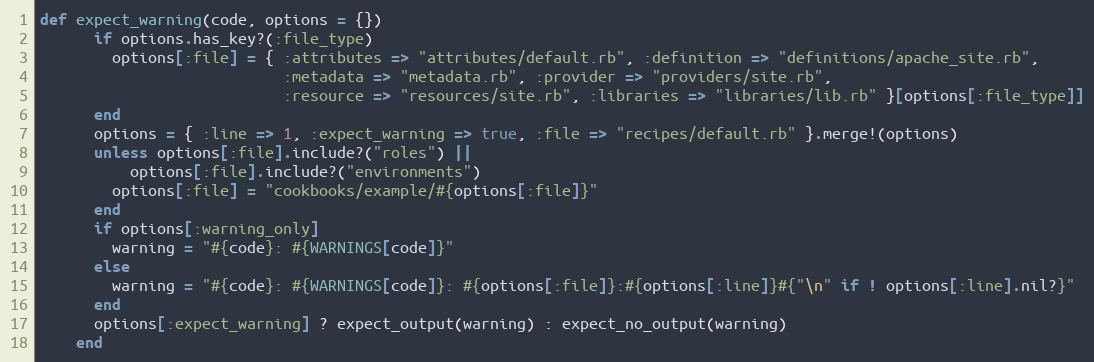
Language: Ruby
def expect_warning(code, options = {})
      if options.has_key?(:file_type)
        options[:file] = { :attributes => "attributes/default.rb", :definition => "definitions/apache_site.rb",
                           :metadata => "metadata.rb", :provider => "providers/site.rb",
                           :resource => "resources/site.rb", :libraries => "libraries/lib.rb" }[options[:file_type]]
      end
      options = { :line => 1, :expect_warning => true, :file => "recipes/default.rb" }.merge!(options)
      unless options[:file].include?("roles") ||
          options[:file].include?("environments")
        options[:file] = "cookbooks/example/#{options[:file]}"
      end
      if options[:warning_only]
        warning = "#{code}: #{WARNINGS[code]}"
      else
        warning = "#{code}: #{WARNINGS[code]}: #{options[:file]}:#{options[:line]}#{"\n" if ! options[:line].nil?}"
      end
      options[:expect_warning] ? expect_output(warning) : expect_no_output(warning)
    end